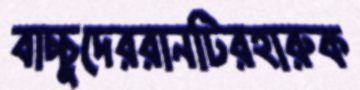
বাচ্চুদেররানটিরহারুক